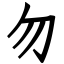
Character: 勿